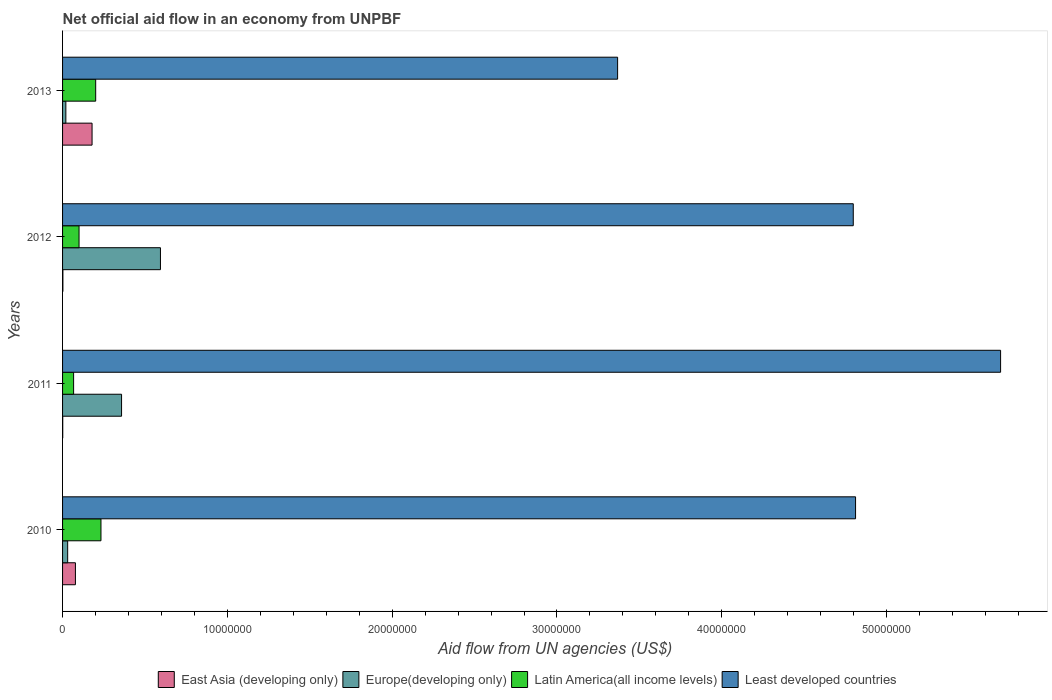
| Years | East Asia (developing only) | Europe(developing only) | Latin America(all income levels) | Least developed countries |
 | --- | --- | --- | --- | --- |
 | 2010 | 7.8e+05 | 3.1e+05 | 2.33e+06 | 4.81e+07 |
 | 2011 | 1e+04 | 3.58e+06 | 6.7e+05 | 5.69e+07 |
 | 2012 | 2e+04 | 5.94e+06 | 1e+06 | 4.8e+07 |
 | 2013 | 1.79e+06 | 2e+05 | 2.01e+06 | 3.37e+07 |